Document type: Confirmation
Year: 1374
Scribe: Ramon Camat
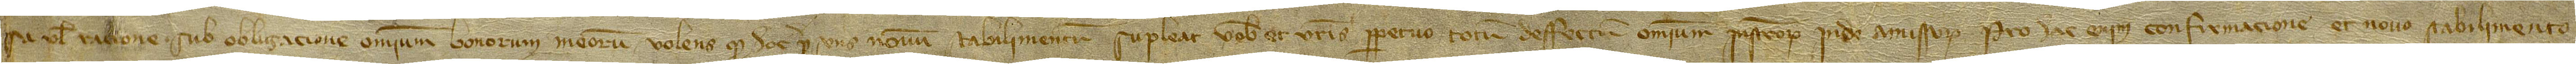
sa vel racione, sub obligacione omnium bonorum meorum, volens quod hoc presens novum stabilimentum supleat vobis et vestris perpetuo totum deffectum omnium instrumentorum inde amissorum. Pro hac enim confirmacione et novo stabilimento